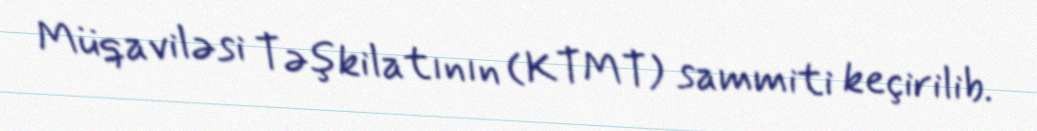
Müqaviləsi Təşkilatının (KTMT) sammiti keçirilib.